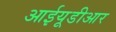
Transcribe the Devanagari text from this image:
आईयूडीआर